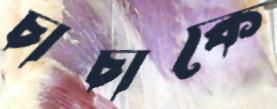
চাচাকে